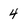
Character: 4